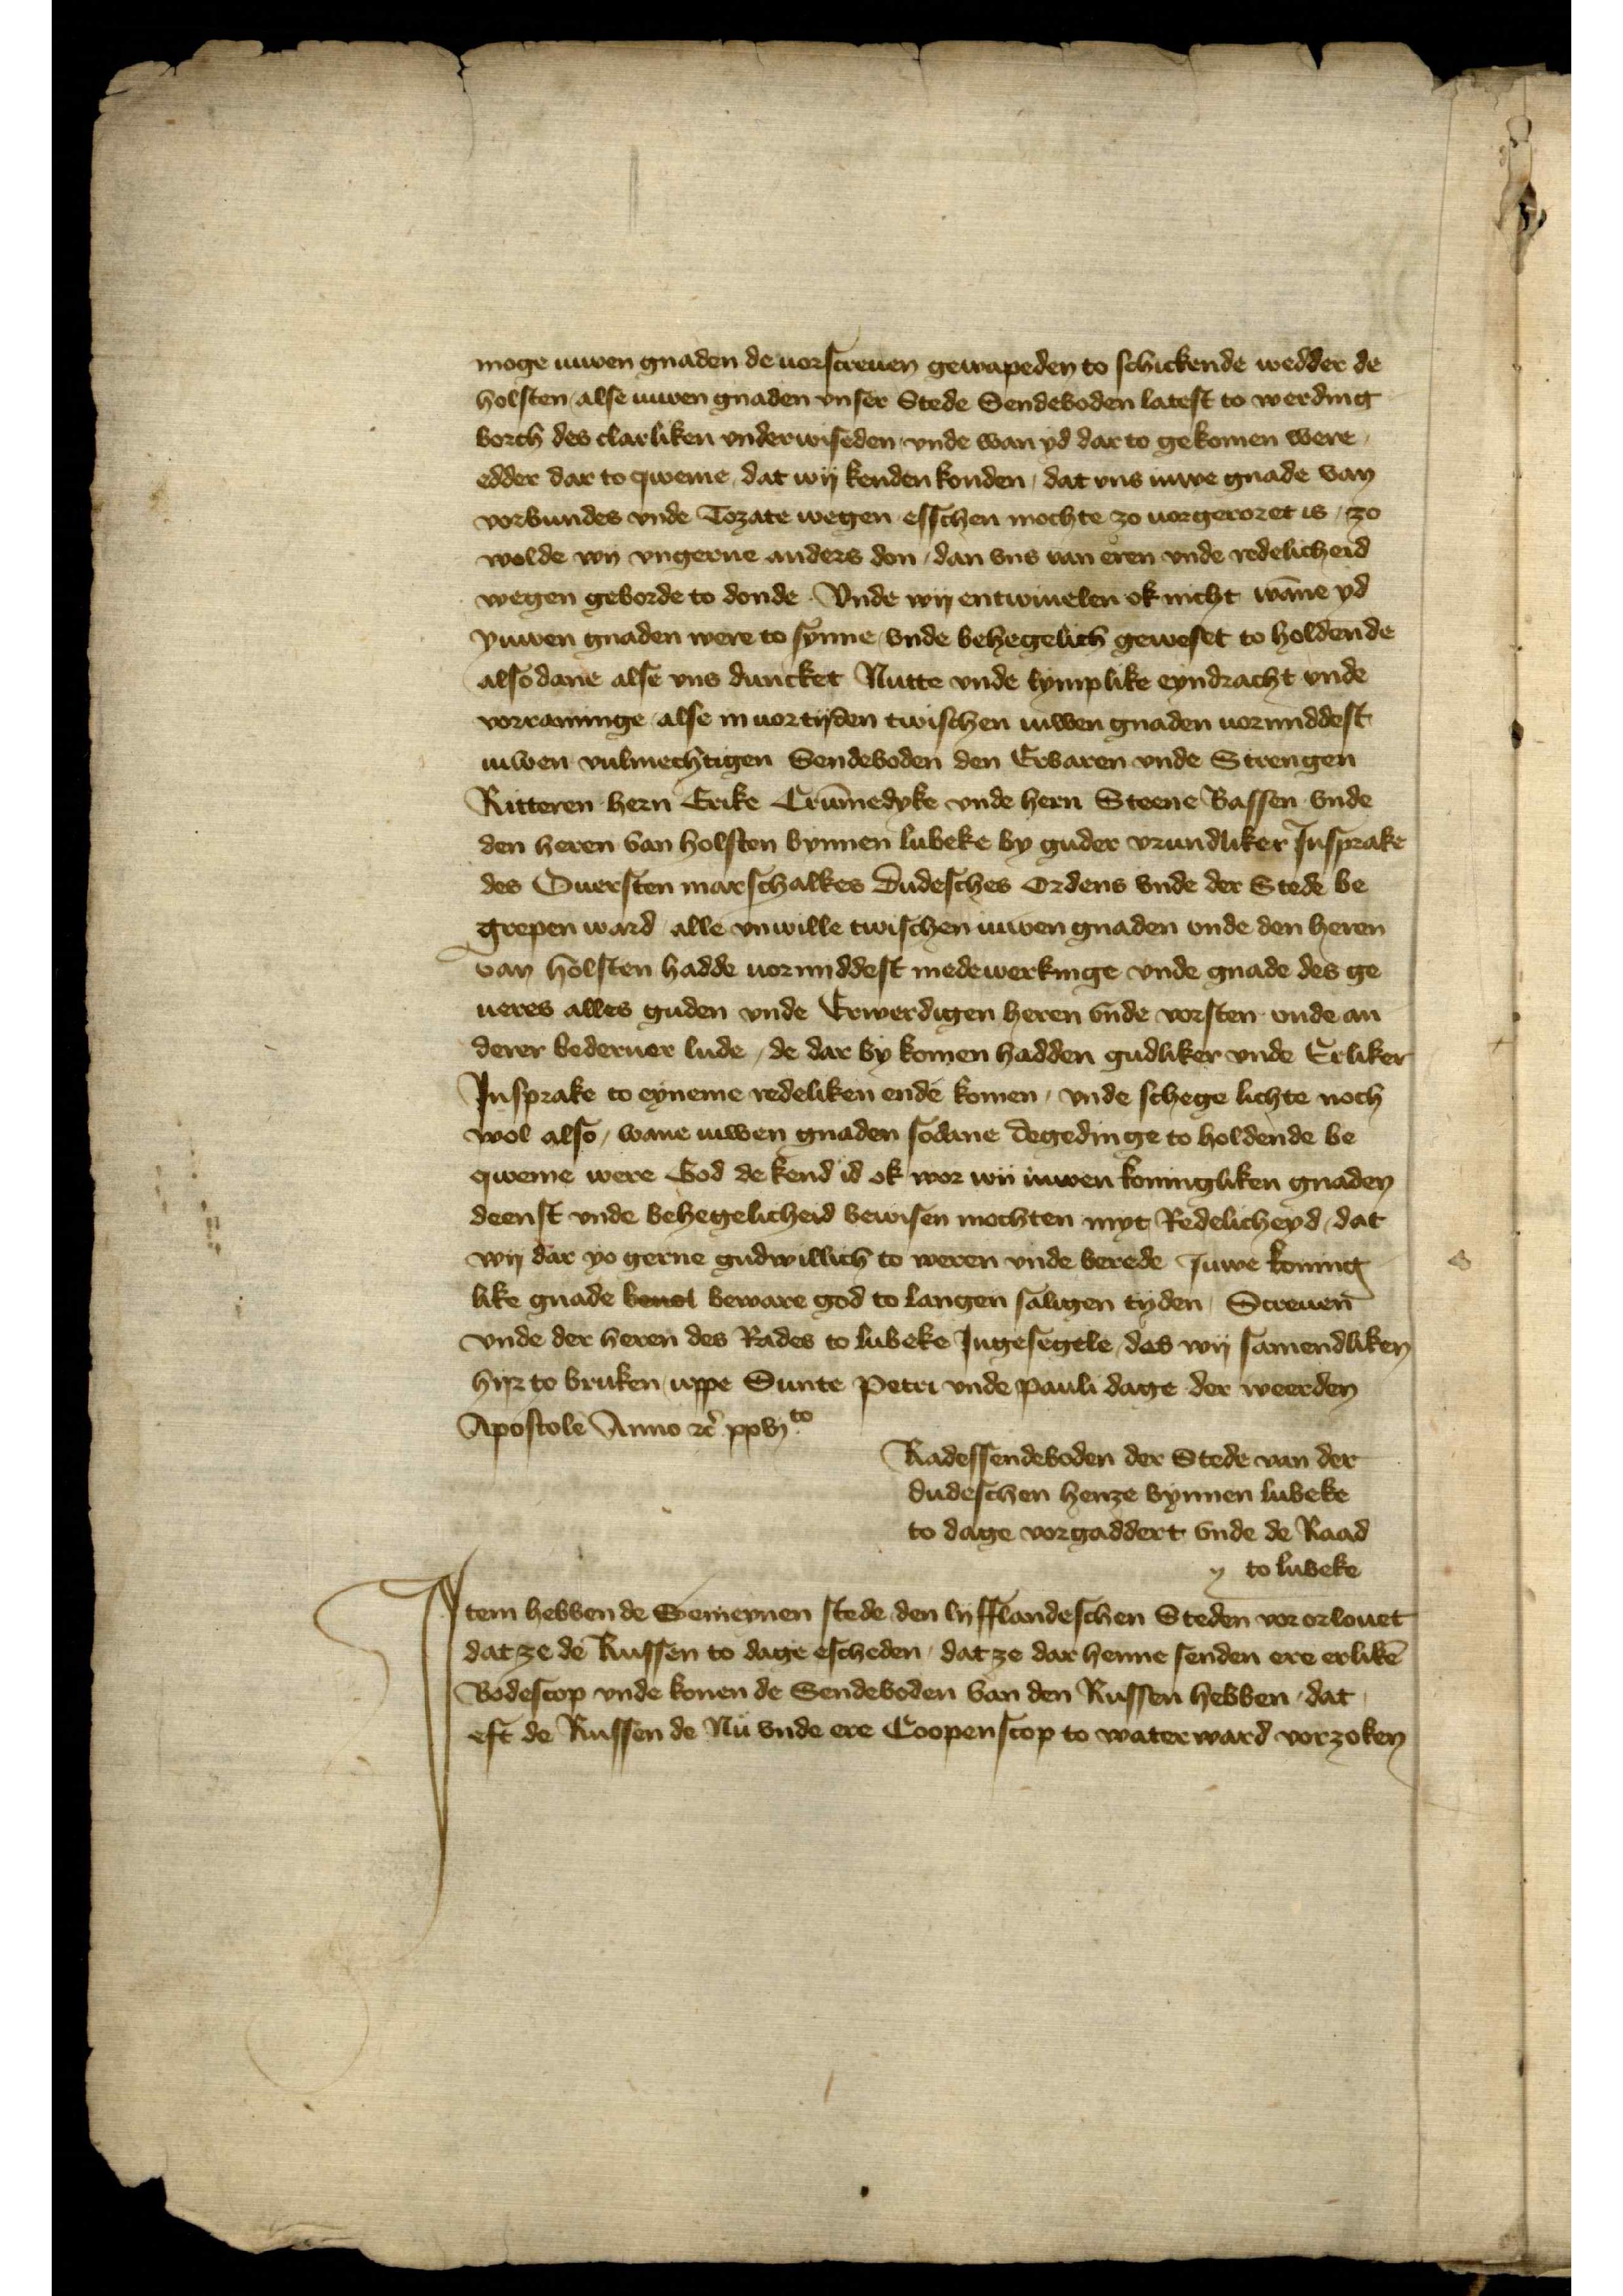
moge iuwen gnaden de uorscreuen gewapeden to schickende wedder de
holsten alse iuwen gnaden vnser Stede Sendeboden latest to Werding¬
borch des clarliken vnderwiseden vnde wan yd dar to gekomen were
edder dar to qweme, dat wy kenden konden, dat vns ne gnade van
vorbundes vnde Tozate wegen esschen mochte zo vorgeroret is, zo
wolde wy vngerne anders don dan vns van eren vnde redelicheid
wegen geborde to donde vnde wy entwiuelen ok nicht wanne yd 
yuwen gnaden were to synne, vnde behegelich geweset to holdende
alsodane alse vns duncket Nutte vnde lymplike eyndracht vnde
vorraminge alse in vortyden twischen Juwen gnaden uormiddest
iuwen vulmechtigen Sendeboden den Erbaren vnde Strengen
Ritteren hern Erike Crummedyke vnde hern Steene Bassen vnde
den heren van Holsten bynnen Lubeke by gude vrundliker Jnsprake
des Ouersten marschalkes dudessches ordens vnde der Stede be¬
grepen ward alle vnwille twischen Juwen gnaden vnde den heren
van Holsten hadde uormiddest medewerkinge vnde gnade des ge¬
ueres alles guden vnde Erwerdigen heren vnde vorsten vnde an¬
derer bederuer lude, de dar by komen hadden gudliker vnde Erliker
Jnsprake to eyneme redeliken ende komen, vnde schegelichte noch
wol also wane iuwen gnaden sodane degedinge to holdende be¬
qweme were bod de kend id ok wor wy iuwen koningliken gnaden
deenst vnde behegelicheid bewisen mochten myt Redelicheyd, dat
wy dar yo gerne gudwillich to weren vnde berede Juwe koning¬
like gnade beuol beware god to langen salligen tyden, Screuen
vnde der heren des Rades to Lubeke Jngesegele, das wy samendliken
hyr to bruken vppe Sunte Peter vnde pauli dage der werden
Apostole Anno etcetera xxvjto 
Radessendeboden der Stede van der
dudeschen henze bynnen Lubeke
to dage vorgaddert vnde de Rad
to Lubeke

J

Jtem hebben de gemeynen stede den Lyfflandesschen Steden vororlouet
dat ze de Russen to dage escheden, dat ze dar henne senden ere erlikē 
Bodescop vnde konen de Sendeboden van den Russen hebben, dat
eft de Russen de Nu vnde ere Coopenscop to water ward vorzoken